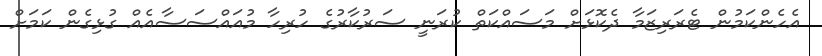
އެހެންކަމުން ޓެރަރިޒަމާ ދެކޮޅަށް މަސައްކަތް ކުރަނީ ސަރުކާރުގެ ހުރިހާ މުއައްސަސާއެއް ގުޅިގެން ކަމަށް